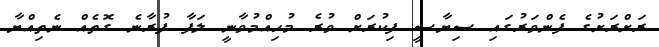
ރަށްރަށުގެ ފެންވަރުގައި ސިޔާސީ ފިކުރަށް ވުރެ މުހިއްމުވާނީ ލަފާ ފުރާނެ ގޮތެއް ނެތިއްޔާ